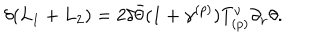
LaTeX: \delta ( L _ { 1 } + L _ { 2 } ) = 2 \delta \bar { \theta } ( 1 + \gamma ^ { ( p ) } ) T _ { ( p ) } ^ { \nu } \partial _ { \nu } \theta .